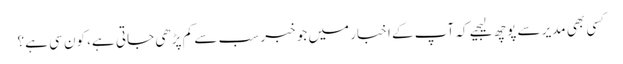
کسی بھی مدیر سے پوچھ لیجیے کہ آپ کے اخبار میں جو خبر سب سے کم پڑھی جاتی ہے، کون سی ہے؟